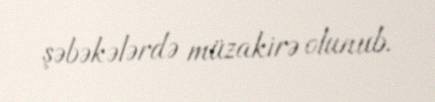
şəbəkələrdə müzakirə olunub.